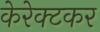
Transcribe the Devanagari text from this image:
केरेक्टकर